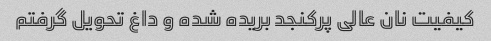
کیفیت نان عالی پرکنجد بریده شده و داغ تحویل گرفتم